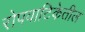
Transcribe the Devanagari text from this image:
रोपवाटिकेतील